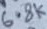
Text: 6.8K